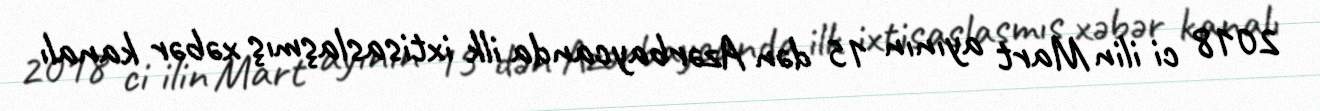
2018 ci ilin Mart ayının 15 dən Azərbaycanda ilk ixtisaslaşmış xəbər kanalı